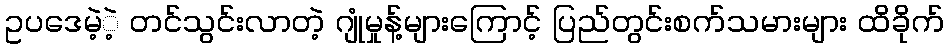
ဥပဒေမဲ့ဲ့ တင်သွင်းလာတဲ့ ဂျုံမှုန့်များကြောင့် ပြည်တွင်းစက်သမားများ ထိခိုက်